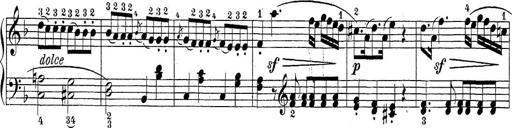
Title: Sonatina Album
Composer: Louis KÃ¶hler